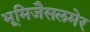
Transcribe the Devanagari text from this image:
भूमिजैसलमेर